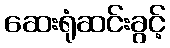
ဆေးရုံဆင်းခွင့်